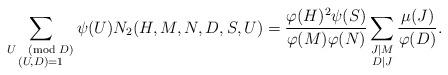
LaTeX: \begin{align*}\displaystyle\sum_{\substack{ U \pmod{ D} \\ (U,D)=1}} \psi (U) N_2(H, M, N, D,S,U) = \frac{\varphi(H)^2 \psi(S)}{\varphi(M)\varphi(N)} \sum_{\substack{ J\mid M \\ D\mid J}} \frac{\mu(J)}{ \varphi(D)}.\end{align*}